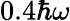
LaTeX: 0.4\hbar\omega